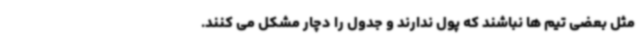
مثل بعضی تیم ها نباشند که پول ندارند و جدول را دچار مشکل می کنند.